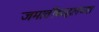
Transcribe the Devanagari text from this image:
जमातींबद्दलच्या